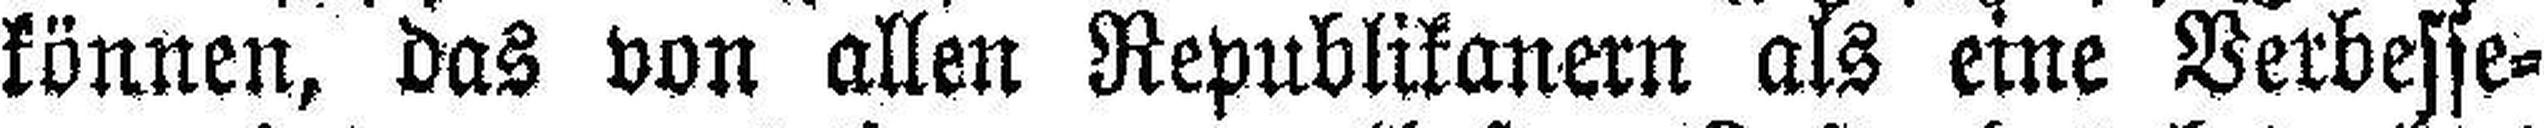
können, das von allen Republikanern als eine Verbesse¬